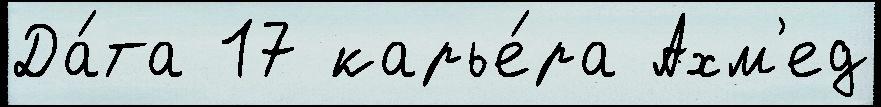
Да́та 17 карье́ра Ахм'ед